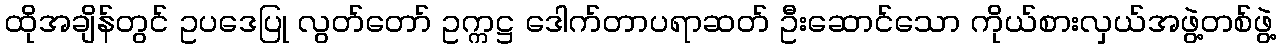
ထိုအချိန်တွင် ဥပဒေပြု လွတ်တော် ဥက္ကဋ္ဌ ဒေါက်တာပရာဆတ် ဦးဆောင်သော ကိုယ်စားလှယ်အဖွဲ့တစ်ဖွဲ့